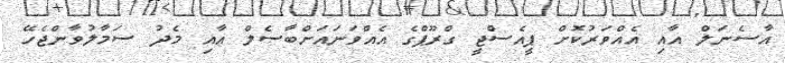
އާސެނަލް އާއި އެއްވަރުކޮށް ޕީއެސްޖީ ގްރޫޕްގެ އެއްވަނައަށްބާސެލް އާއި މެދު ސަމާލުވާންޖެހޭ